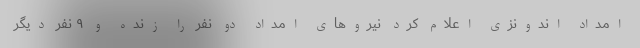
امداد اندونزی اعلام کرد نیرو‌های امداد دو نفر را زنده و ۹ نفر دیگر